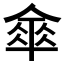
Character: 𠍘